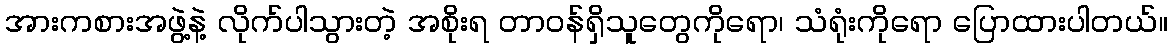
အားကစားအဖွဲ့နဲ့ လိုက်ပါသွားတဲ့ အစိုးရ တာဝန်ရှိသူတွေကိုရော၊ သံရုံးကိုရော ပြောထားပါတယ်။